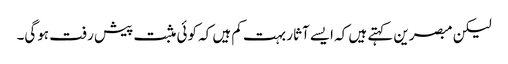
لیکن مبصرین کہتے ہیں کہ ایسے آثار بہت کم ہیں کہ کوئی مثبت پیش رفت ہوگی۔